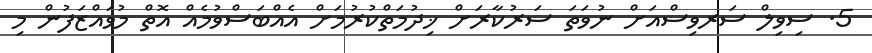
5. ސިވިލް ސަރވިސްއަށް ނުވަތަ ސަރުކާރަށް ޚިދުމަތްކުރުމަށް އެއްބަސްވުމެއް އޮތް މުވައްޒަފުން މި